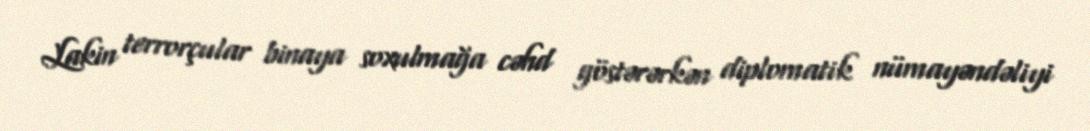
Lakin terrorçular binaya soxulmağa cəhd göstərərkən diplomatik nümayəndəliyi